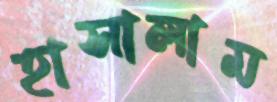
হাসালাম